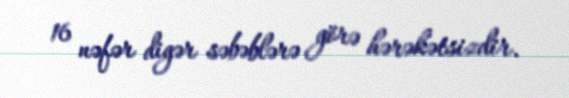
16 nəfər digər səbəblərə görə hərəkətsizdir.